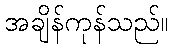
အချိန်ကုန်သည်။